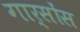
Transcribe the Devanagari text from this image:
गार्सोंस